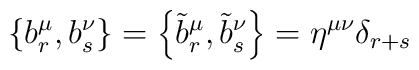
\left\{ b_r ^\mu ,b_s ^\nu\right\} = \left\{ \tilde{b}_r ^\mu  ,\tilde{b}_s ^\nu\right\} = \eta^{\mu\nu}\delta_{r+s}